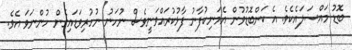
ބޮޑު މައްސަލައެކެވެ. އެ ކަންބޮޑުވުން އެމަނިކުފާނު ފާޅުކުރައްވަނީވެސް ނުހަނު ނުހުރިވަޑައިގެން ހުންނަވަ އެވެ.